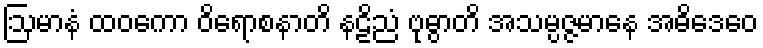
ဩမာနံ ထဝကော ဝိရောစနာတိ နဠိညံ ဗုဓွာတိ အသမ္ပဇ္ဇမာနေ အဓိဒေဝေ